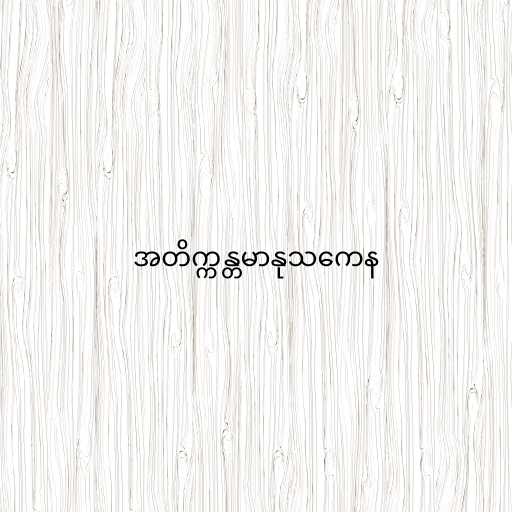
အတိက္ကန္တမာနုသကေန